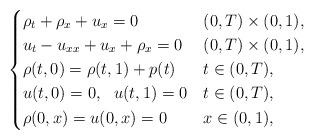
LaTeX: \begin{align*}\begin{dcases}\rho_t+\rho_x +u_{x} =0 & (0,T)\times (0,1),\\u_{t} -u_{xx} +u_x +\rho_x =0 & (0,T)\times (0,1),\\\rho(t,0)=\rho(t,1)+ p(t) & t\in (0,T) , \\u(t,0)=0, \ \ u(t,1)=0 & t\in (0,T) ,\\\rho(0,x)= u(0,x)= 0 & x\in(0,1), \end{dcases}\end{align*}